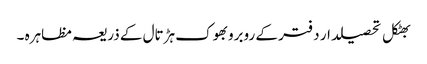
بھٹکل تحصیلدار دفتر کے روبروبھوک ہڑتال کے ذریعہ مظاہرہ ۔